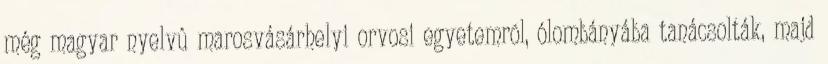
még magyar nyelvû marosvásárhelyi orvosi egyetemrõl, ólombányába tanácsolták, majd